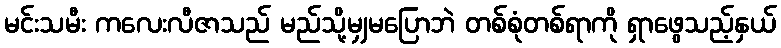
မင်းသမီး ကလေးလီဇာသည် မည်သို့မျှမပြောဘဲ တစ်စုံတစ်ရာကို ရှာဖွေသည့်နှယ်